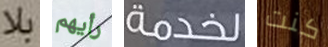
بلا رأيهم لخدمة كنت